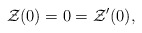
\begin{align*}{\cal Z}(0)=0={\cal Z}'(0),\end{align*}